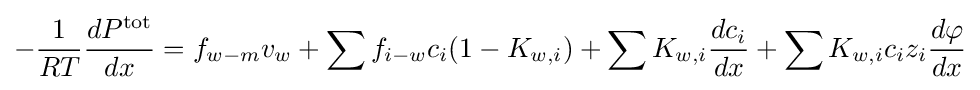
-{\frac {1}{RT}}{\frac {dP^{\text{tot}}}{dx}}=f_{w-m}v_{w}+\sum f_{i-w}c_{i}(1-K_{w,i})+\sum K_{w,i}{\frac {dc_{i}}{dx}}+\sum K_{w,i}c_{i}z_{i}{\frac {d\varphi }{dx}}